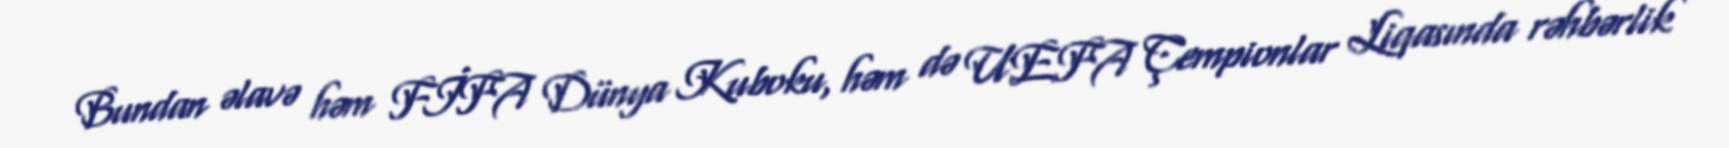
Bundan əlavə həm FİFA Dünya Kuboku, həm də UEFA Çempionlar Liqasında rəhbərlik